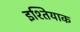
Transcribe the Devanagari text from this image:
इश्तियाक